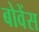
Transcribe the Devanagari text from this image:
बोवेंस